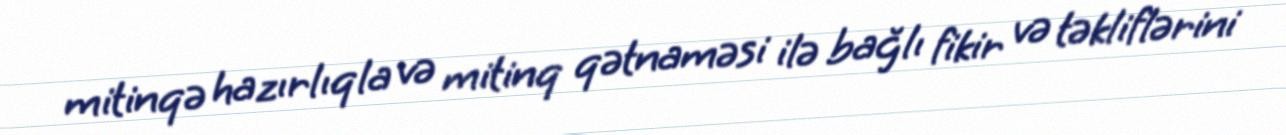
mitinqə hazırlıqla və mitinq qətnaməsi ilə bağlı fikir və təkliflərini